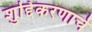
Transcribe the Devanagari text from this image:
शुद्दिकरणाचे